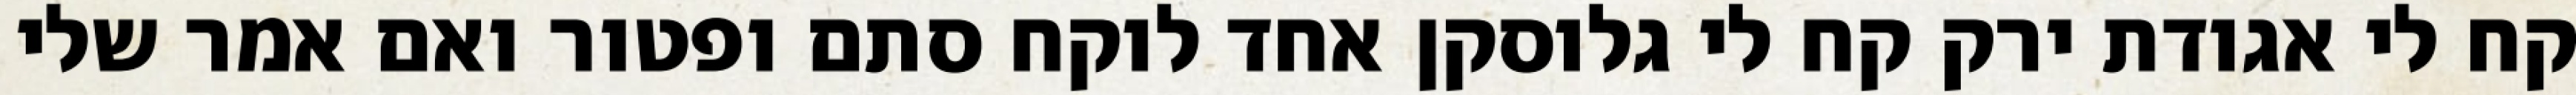
קח לי אגודת ירק קח לי גלוסקן אחד לוקח סתם ופטור ואם אמר שלי